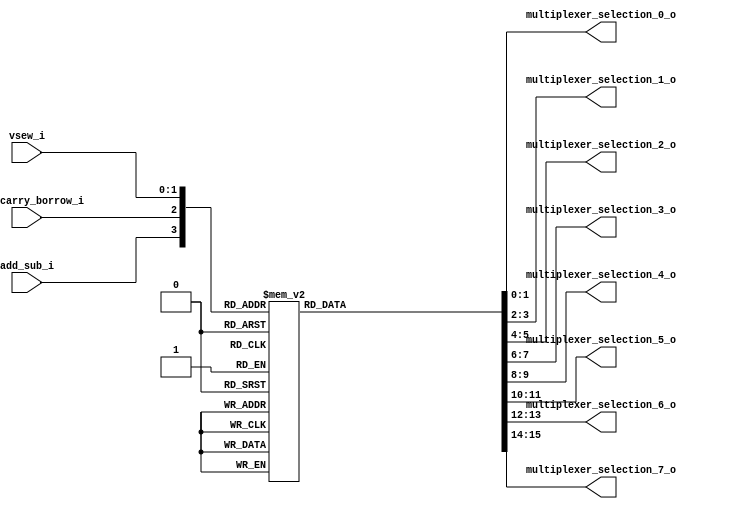
`define vadd_8b 	4'b0000
`define vadd_16b 	4'b0001
`define vadd_32b 	4'b0010
`define vadd_64b 	4'b0011

`define vsub_8b 	4'b1000
`define vsub_16b 	4'b1001
`define vsub_32b 	4'b1010
`define vsub_64b 	4'b1011

`define vadc_8b 	4'b0100
`define vadc_16b 	4'b0101
`define vadc_32b 	4'b0110
`define vadc_64b 	4'b0111

`define vsbc_8b 	4'b1100
`define vsbc_16b 	4'b1101
`define vsbc_32b 	4'b1110
`define vsbc_64b 	4'b1111

`define interconnection 2'b00
`define addition		2'b01
`define subtraction		2'b10
`define external_carry 	2'b11

module multiplexer_control_unit
(
	input				add_sub_i,
	input				with_carry_borrow_i,

	input		[1:0]	vsew_i,
	
	
	output reg	[1:0]	multiplexer_selection_0_o,
	output reg	[1:0]	multiplexer_selection_1_o,
	output reg	[1:0]	multiplexer_selection_2_o,
	output reg	[1:0]	multiplexer_selection_3_o,
	output reg	[1:0]	multiplexer_selection_4_o,
	output reg	[1:0]	multiplexer_selection_5_o,
	output reg	[1:0]	multiplexer_selection_6_o,
	output reg	[1:0]	multiplexer_selection_7_o
);

	always @ (*)
		case ({add_sub_i, with_carry_borrow_i, vsew_i})
			`vadd_8b  			:
				begin
					multiplexer_selection_0_o = `addition;
					multiplexer_selection_1_o = `addition;
					multiplexer_selection_2_o = `addition;
					multiplexer_selection_3_o = `addition;
					multiplexer_selection_4_o = `addition;
					multiplexer_selection_5_o = `addition;
					multiplexer_selection_6_o = `addition;
					multiplexer_selection_7_o = `addition;
				end

			`vadd_16b			:
				begin
					multiplexer_selection_0_o = `addition;
					multiplexer_selection_1_o = `interconnection;
					multiplexer_selection_2_o = `addition;
					multiplexer_selection_3_o = `interconnection;
					multiplexer_selection_4_o = `addition;
					multiplexer_selection_5_o = `interconnection;
					multiplexer_selection_6_o = `addition;
					multiplexer_selection_7_o = `interconnection;
				end

			`vadd_32b			:
				begin
					multiplexer_selection_0_o = `addition;
					multiplexer_selection_1_o = `interconnection;
					multiplexer_selection_2_o = `interconnection;
					multiplexer_selection_3_o = `interconnection;
					multiplexer_selection_4_o = `addition;
					multiplexer_selection_5_o = `interconnection;
					multiplexer_selection_6_o = `interconnection;
					multiplexer_selection_7_o = `interconnection;
				end

			`vadd_64b			:
				begin
					multiplexer_selection_0_o = `addition;
					multiplexer_selection_1_o = `interconnection;
					multiplexer_selection_2_o = `interconnection;
					multiplexer_selection_3_o = `interconnection;
					multiplexer_selection_4_o = `interconnection;
					multiplexer_selection_5_o = `interconnection;
					multiplexer_selection_6_o = `interconnection;
					multiplexer_selection_7_o = `interconnection;
				end

			`vsub_8b  			:
				begin
					multiplexer_selection_0_o = `subtraction;
					multiplexer_selection_1_o = `subtraction;
					multiplexer_selection_2_o = `subtraction;
					multiplexer_selection_3_o = `subtraction;
					multiplexer_selection_4_o = `subtraction;
					multiplexer_selection_5_o = `subtraction;
					multiplexer_selection_6_o = `subtraction;
					multiplexer_selection_7_o = `subtraction;
				end

			`vsub_16b			:
				begin
					multiplexer_selection_0_o = `subtraction;
					multiplexer_selection_1_o = `interconnection;
					multiplexer_selection_2_o = `subtraction;
					multiplexer_selection_3_o = `interconnection;
					multiplexer_selection_4_o = `subtraction;
					multiplexer_selection_5_o = `interconnection;
					multiplexer_selection_6_o = `subtraction;
					multiplexer_selection_7_o = `interconnection;
				end

			`vsub_32b			:
				begin
					multiplexer_selection_0_o = `subtraction;
					multiplexer_selection_1_o = `interconnection;
					multiplexer_selection_2_o = `interconnection;
					multiplexer_selection_3_o = `interconnection;
					multiplexer_selection_4_o = `subtraction;
					multiplexer_selection_5_o = `interconnection;
					multiplexer_selection_6_o = `interconnection;
					multiplexer_selection_7_o = `interconnection;
				end

			`vsub_64b			:
				begin
					multiplexer_selection_0_o = `subtraction;
					multiplexer_selection_1_o = `interconnection;
					multiplexer_selection_2_o = `interconnection;
					multiplexer_selection_3_o = `interconnection;
					multiplexer_selection_4_o = `interconnection;
					multiplexer_selection_5_o = `interconnection;
					multiplexer_selection_6_o = `interconnection;
					multiplexer_selection_7_o = `interconnection;
				end

			`vadc_8b, `vsbc_8b	:
				begin
					multiplexer_selection_0_o = `external_carry;
					multiplexer_selection_1_o = `external_carry;
					multiplexer_selection_2_o = `external_carry;
					multiplexer_selection_3_o = `external_carry;
					multiplexer_selection_4_o = `external_carry;
					multiplexer_selection_5_o = `external_carry;
					multiplexer_selection_6_o = `external_carry;
					multiplexer_selection_7_o = `external_carry;
				end

			`vadc_16b, `vsbc_16b 	:
				begin
					multiplexer_selection_0_o = `external_carry;
					multiplexer_selection_1_o = `interconnection;
					multiplexer_selection_2_o = `external_carry;
					multiplexer_selection_3_o = `interconnection;
					multiplexer_selection_4_o = `external_carry;
					multiplexer_selection_5_o = `interconnection;
					multiplexer_selection_6_o = `external_carry;
					multiplexer_selection_7_o = `interconnection;
				end

			`vadc_32b, `vsbc_32b	:
				begin
					multiplexer_selection_0_o = `external_carry;
					multiplexer_selection_1_o = `interconnection;
					multiplexer_selection_2_o = `interconnection;
					multiplexer_selection_3_o = `interconnection;
					multiplexer_selection_4_o = `external_carry;
					multiplexer_selection_5_o = `interconnection;
					multiplexer_selection_6_o = `interconnection;
					multiplexer_selection_7_o = `interconnection;
				end

			`vadc_64b, `vsbc_64b	:
				begin
					multiplexer_selection_0_o = `external_carry;
					multiplexer_selection_1_o = `interconnection;
					multiplexer_selection_2_o = `interconnection;
					multiplexer_selection_3_o = `interconnection;
					multiplexer_selection_4_o = `interconnection;
					multiplexer_selection_5_o = `interconnection;
					multiplexer_selection_6_o = `interconnection;
					multiplexer_selection_7_o = `interconnection;
				end
		endcase

endmodule